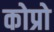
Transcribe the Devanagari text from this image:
कोप्रो